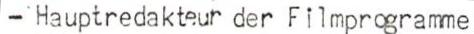
- Hauptredakteur der Filmprogramme